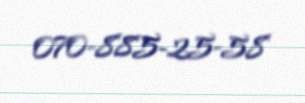
070-885-25-58